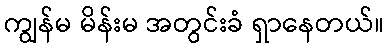
ကျွန်မ မိန်းမ အတွင်းခံ ရှာနေတယ်။